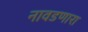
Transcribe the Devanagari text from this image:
नावडणारा